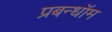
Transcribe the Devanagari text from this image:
प्रबन्धॉम